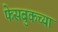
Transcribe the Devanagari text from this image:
फेसबुकच्या